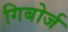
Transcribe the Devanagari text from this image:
गिबोर्ज